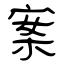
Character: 案